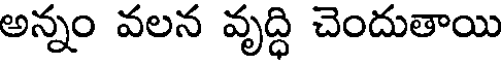
అన్నం వలన వృద్ధి చెందుతాయి